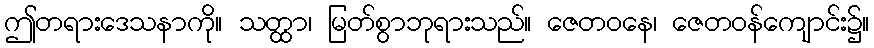
ဤတရားဒေသနာကို။ သတ္ထာ၊ မြတ်စွာဘုရားသည်။ ဇေတဝနေ၊ ဇေတဝန်ကျောင်း၌။